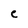
Character: e